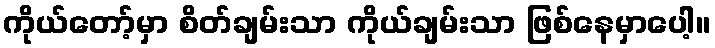
ကိုယ်တော့်မှာ စိတ်ချမ်းသာ ကိုယ်ချမ်းသာ ဖြစ်နေမှာပေါ့။